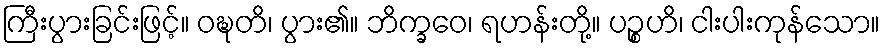
ကြီးပွားခြင်းဖြင့်။ ဝဍ္ဎတိ၊ ပွား၏။ ဘိက္ခဝေ၊ ရဟန်းတို့။ ပဉ္စဟိ၊ ငါးပါးကုန်သော။